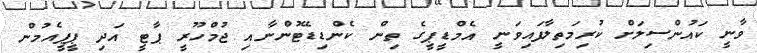
ވާނީ ކައުންސިލަށް ކުރިމަތިލާފައިވަނީ އެމްޑީޕީގެ ތިން ކެންޑިޑޭޓުންނާއި ޖުމްހޫރީ ޕާޓީ އަދި ޕީޕީއެމުން